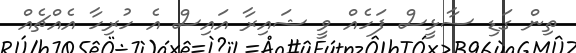
ތިން ގަޑި ސާޅީސް ފަހެއް ވީ ޝައިރާ އައިސް އެ ހުރިހާ އެއްޗެއް